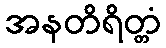
အနတိရိတ္တံ